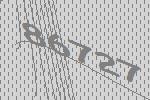
86727